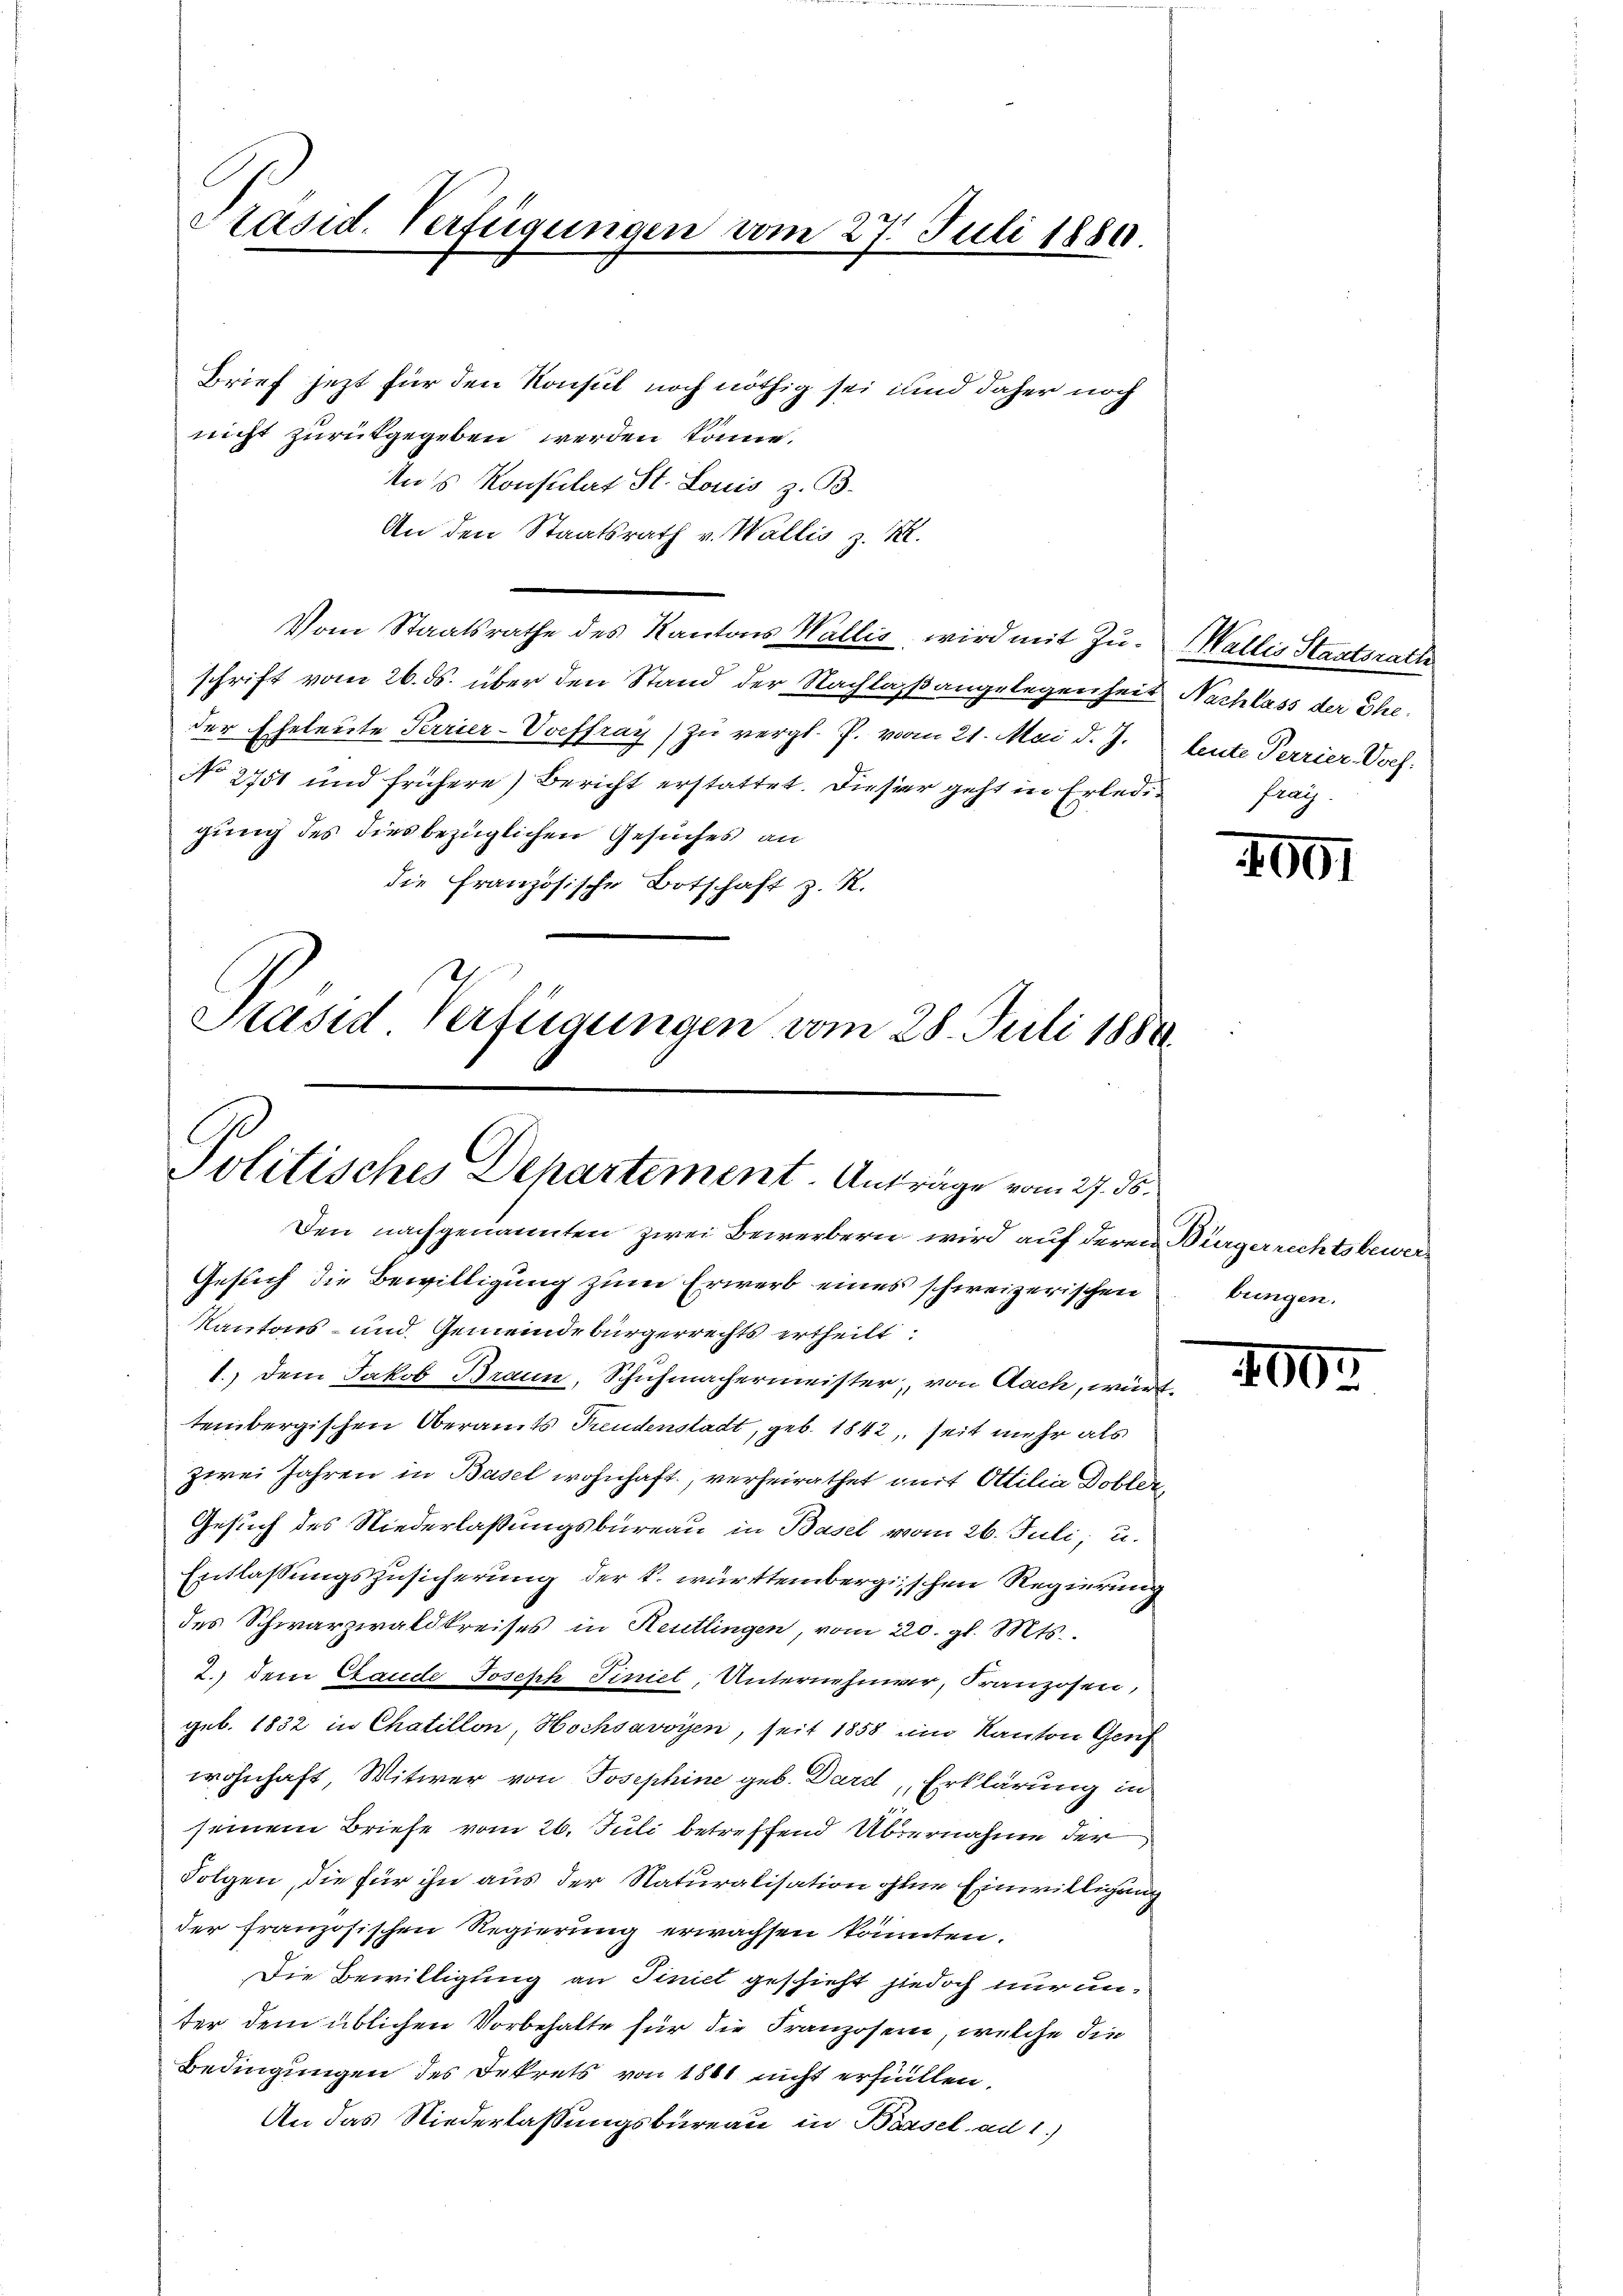
Präsid. Verfügungen vom 27. Juli 1880

Brief jezt für den Konsul noch nöthig sei und daher noch
nicht zurükgegeben werden könne.
tu’s Konsulat St. Louis z. B.
An den Staatsrath v. Wallis z. K.
Vom Staatsrathe des Kantons Wallis, wird mit Zu- Wallis Staatsrath
schrift vom 26. ds. über den Stand der Nachlaßangelegenheit Nachlass der Theder Eheleute Terrier-Voeffray) zu vergl. J. vom 21. Mai d. J.
No 2751 und frühere) Bericht erstattet. Dieser geht in Erledigung des dies bezüglichen Gesuches an
die Französische Botschaft z. R.
Pasid Verfügungen vom 28. Juli 1888

Politisches Departement. Anträge vom 27. ds.
Den nachgenannten zwei Bewerbern wird auf deren Bürgerrechtsbewer¬

Gesuch die Bewilligung zum Erwerb eines schweizerischen
Kantons- und Gemeindebürgerrechts ertheilt.
1.) Dem Jakob Braun, Schuhmachermeister, von Aach, württembergischen Oberamts Freudenstadt, geb. 1842, seit mehr als
zwei Jahren in Basel wohnhaft, verheirathet mit Ottilia Dobler,
Gesuch des Niederlaßungsbureau in Basel vom 26. Juli, u.
Entlassungszusicherung der k. württembergischen Regierung
des Schwarzwaldkreises in Reutlingen, vom 20. gl. Mts.,
2. dem Exande Joseph Finiel, Unternehmer, Franzosen,
geb. 1832 in Chatillon, Hochsavoyen, seit 1858 und Kanton Genf
wohnhaft, Witwer von Josephine geb. Dard, Erklärung in
seinem Briefe vom 26. Juli betreffend Übernahme der
Folgen, die für ihn aus der Naturalisation ohne Einwilligung
der französischen Regierung erwachsen könnten.
Die Bewilligung an Tinict geschieht jedoch nur unter dem üblichen Vorbehalte für die Franzosen, welche die
Bedingungen des Dekrets von 1861 nicht erfüllen.
An das Niederlassungsbüreau in Börsel ad 1.)

leute Perrier-Voch.
Frag

1991

bungen.

460.